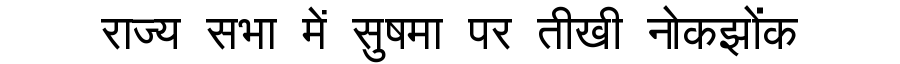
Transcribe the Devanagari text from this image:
राज्य सभा में सुषमा पर तीखी नोकझोंक